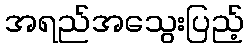
အရည်အသွေးပြည့်